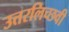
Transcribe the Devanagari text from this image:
उत्तरलिच्छवी